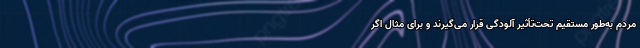
مردم به‌طور مستقیم تحت‌تأثیر آلودگی قرار می‌گیرند و برای مثال اگر